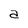
Character: a